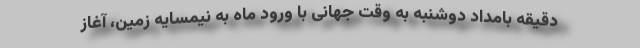
دقیقه بامداد دوشنبه به وقت جهانی با ورود ماه به نیمسایه زمین، آغاز